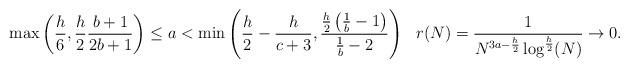
LaTeX: \begin{align*} \max\left(\frac{h}{6},\frac{h}{2}\frac{b+1}{2b+1}\right)&\le a < \min\left( \frac{h}{2}-\frac{h}{c+3}, \frac{\frac{h}{2}\left(\frac{1}{b}-1\right)}{\frac{1}{b}-2} \right) & r(N) &= \frac{1}{N^{3a-\frac{h}{2}} \log^{\frac{h}{2}}(N)} \rightarrow 0. \end{align*}